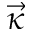
\vec { \kappa }